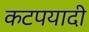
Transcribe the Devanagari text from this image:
कटपयादी